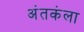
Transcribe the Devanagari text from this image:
अंतकंला